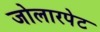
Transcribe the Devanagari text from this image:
जोलारपेट